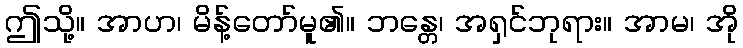
ဤသို့။ အာဟ၊ မိန့်တော်မူ၏။ ဘန္တေ၊ အရှင်ဘုရား။ အာမ၊ အို